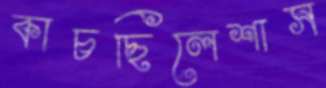
কাচছিলেশাস